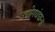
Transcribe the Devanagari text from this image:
उद्योगधंद्याना